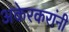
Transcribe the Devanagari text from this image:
अकेरकरांनी